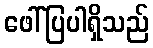
ဖေါ်ပြပါရှိသည်